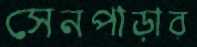
সেনপাড়ার